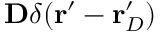
\mathbf { D } \delta ( \mathbf { r } ^ { \prime } - \mathbf { r } _ { D } ^ { \prime } )